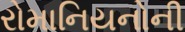
રોમાનિયનોની